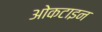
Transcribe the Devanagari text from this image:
ओकटाइन